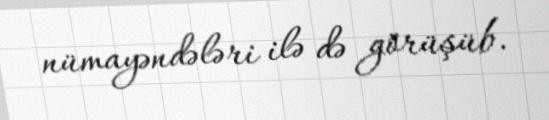
nümayəndələri ilə də görüşüb.